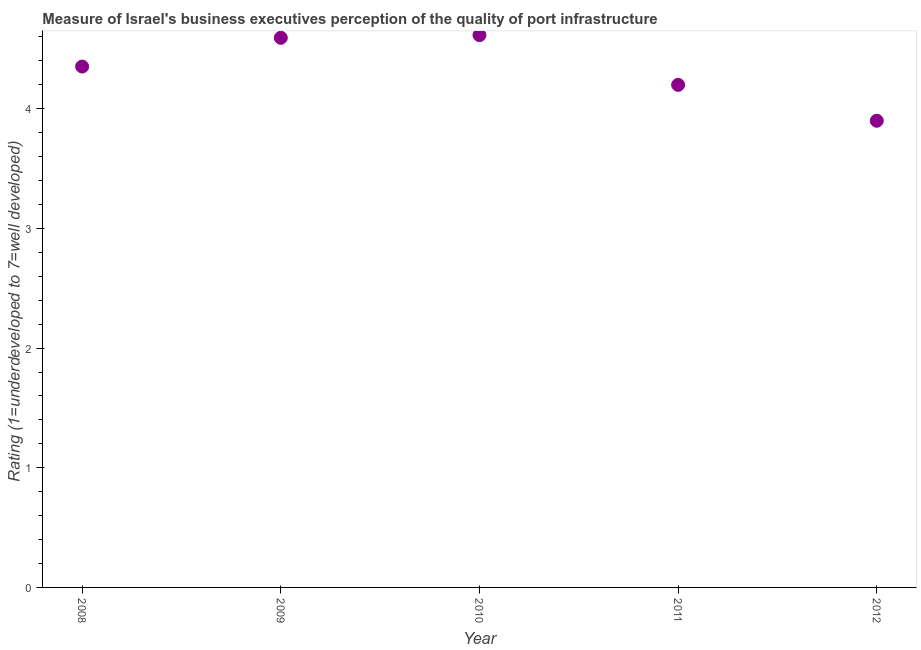
| Year | Quality of port infrastructure |
 | --- | --- |
 | 2008 | 4.35 |
 | 2009 | 4.59 |
 | 2010 | 4.62 |
 | 2011 | 4.2 |
 | 2012 | 3.9 |